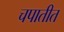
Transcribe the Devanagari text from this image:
चपातीत